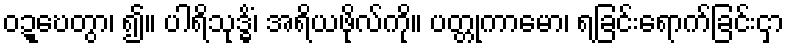
ဝဍ္ဎေတွာ၊ ၍။ ပါရိသုဒ္ဓိံ၊ အရိယဖိုလ်ကို။ ပတ္တုကာမော၊ ရခြင်းရောက်ခြင်းငှာ